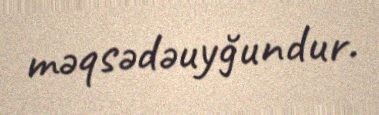
məqsədəuyğundur.